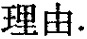
理由.